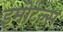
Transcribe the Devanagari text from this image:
इमोर्टल्स